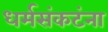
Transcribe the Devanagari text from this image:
धर्मसंकटंना